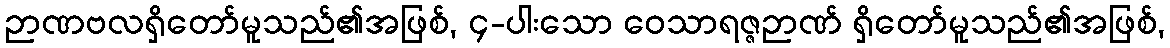
ဉာဏဗလရှိတော်မူသည်၏အဖြစ်, ၄-ပါးသော ဝေသာရဇ္ဇဉာဏ် ရှိတော်မူသည်၏အဖြစ်,